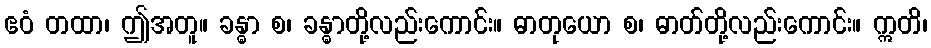
ဧဝံ တထာ၊ ဤအတူ။ ခန္ဓာ စ၊ ခန္ဓာတို့လည်းကောင်း။ ဓာတုယော စ၊ ဓာတ်တို့လည်းကောင်း။ ဣတိ၊